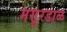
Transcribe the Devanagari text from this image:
मसूरडाळ